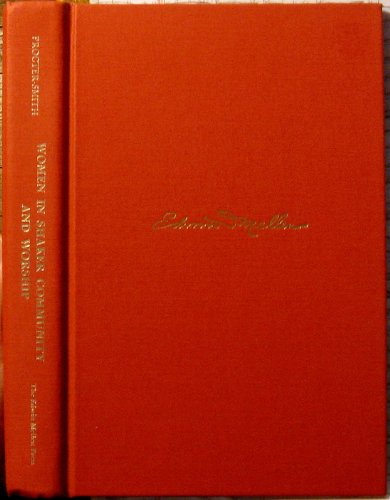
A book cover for Women in Shaker Community and Worship: A Feminist Analysis of the Uses of Religious Symbolism (Studies in Women and Religion); Marjorie Procter-Smith; Christian Books & Bibles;